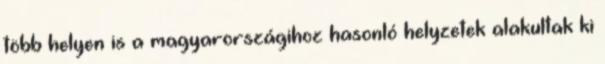
több helyen is a magyarországihoz hasonló helyzetek alakultak ki